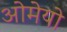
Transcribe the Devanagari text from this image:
ओमेयो